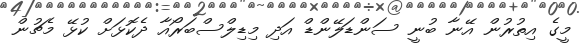
މީގެ އިތުރުން އޭނާ ބުނީ ސަންޑަލޭންޑް އަދި މިޑިލްސްބަރޯއާ ދެކޮޅަށް ކުޅޭ މެޗުން